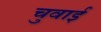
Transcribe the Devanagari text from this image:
चुवाई